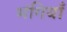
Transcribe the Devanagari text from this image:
भंगियाँ